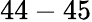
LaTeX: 44-45